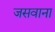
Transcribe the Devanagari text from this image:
जसवाना